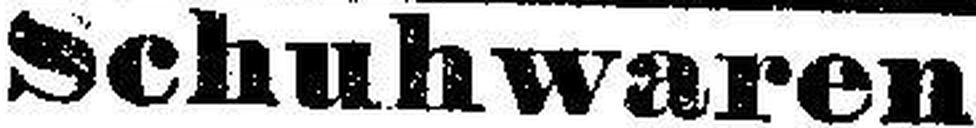
Schuhwaren